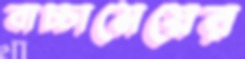
বাচ্চামেয়ের